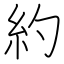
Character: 約